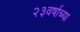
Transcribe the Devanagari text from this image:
२३वर्षाच्या